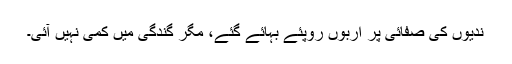
ندیوں کی صفائی پر اربوں روپئے بہائے گئے، مگر گندگی میں کمی نہیں آئی۔